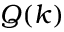
Q ( k )